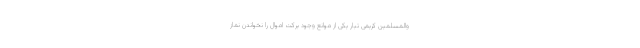
والمسلمین کریمی تبار یکی از موانع وجود برکت اموال را نخواندن نماز